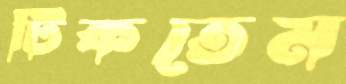
টিকতেম